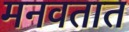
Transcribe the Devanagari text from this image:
मनवतात